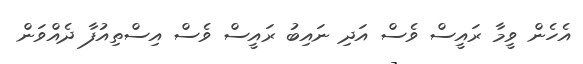
އެހެން ވީމާ ރައީސް ވެސް އަދި ނައިބު ރައީސް ވެސް އިސްތިއުފާ ދެއްވަން